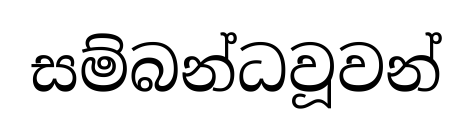
සම්බන්ධවූවන්